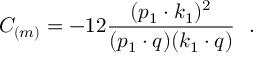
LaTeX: C _ { ( m ) } = - 1 2 \frac { ( p _ { 1 } \cdot k _ { 1 } ) ^ { 2 } } { ( p _ { 1 } \cdot q ) ( k _ { 1 } \cdot q ) } ~ ~ .